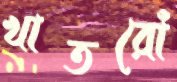
খাতরোঁ